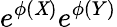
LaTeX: e^{\phi(\mathit{X})}e^{\phi(Y)}